Leaving Certificate Examination, 1910
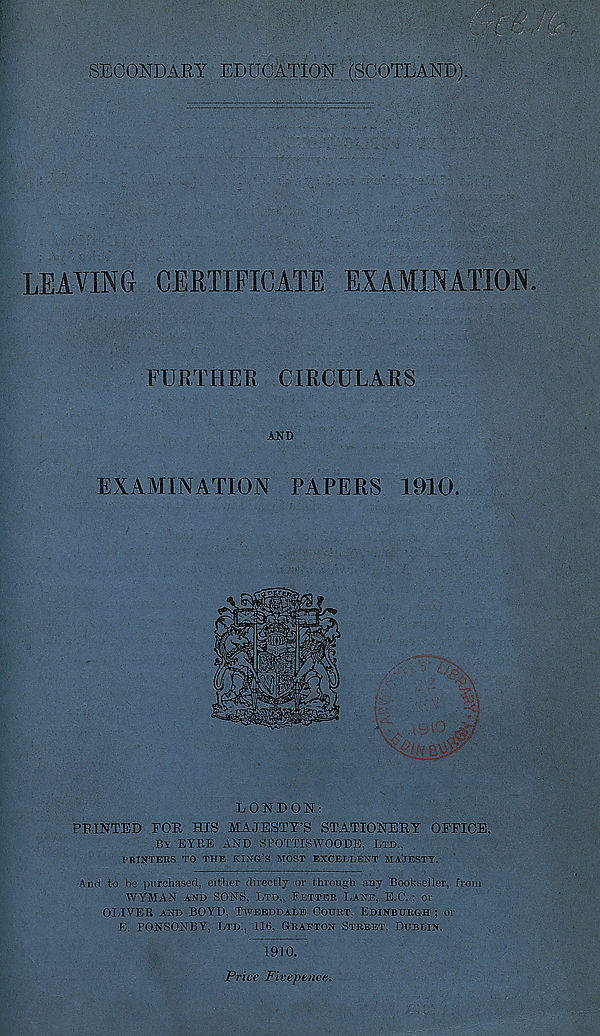
SECONDARY EDUCATION (SCOTLAND).
LEAVING CERTIFICATE EXAMINATION.
FURTHER CIRCULARS
AND
EXAMINATION PAPERS 1910.
LONDON":
PRINTED FOR HIS MAJESTY’S STATIONERY OFFICE,
By EYRE AND SPOTTISWOO DE, LTD.,
PRINTERS TO THE KING’S MOST EXCELLENT MAJESTY.
And to be purchased, either directly or through any Bookseller, froin
WYMAN AND SONS, LTD., FETTER LANE, E.C. : or
OLIVER AND BOYD, TWEEDDALE COURT, EDINBURGH ; or
E. PONSONBY, LTD., 116, GRAFTON STREET, DUBLIN.
1910.
Price Fivepence.